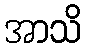
အာသိ